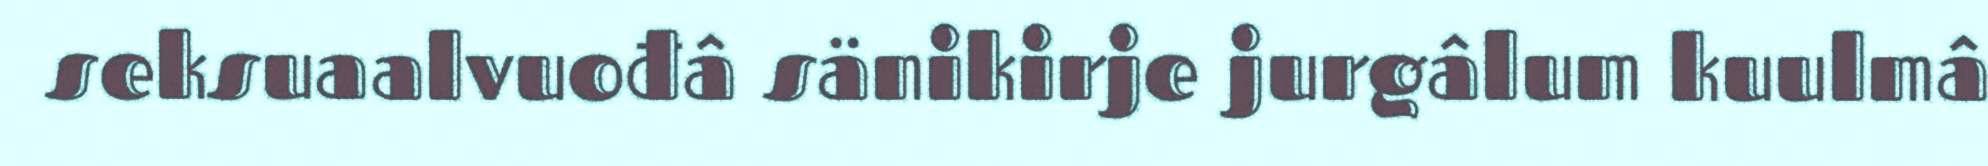
seksuaalvuođâ sänikirje jurgâlum kuulmâ